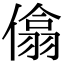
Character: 㒆